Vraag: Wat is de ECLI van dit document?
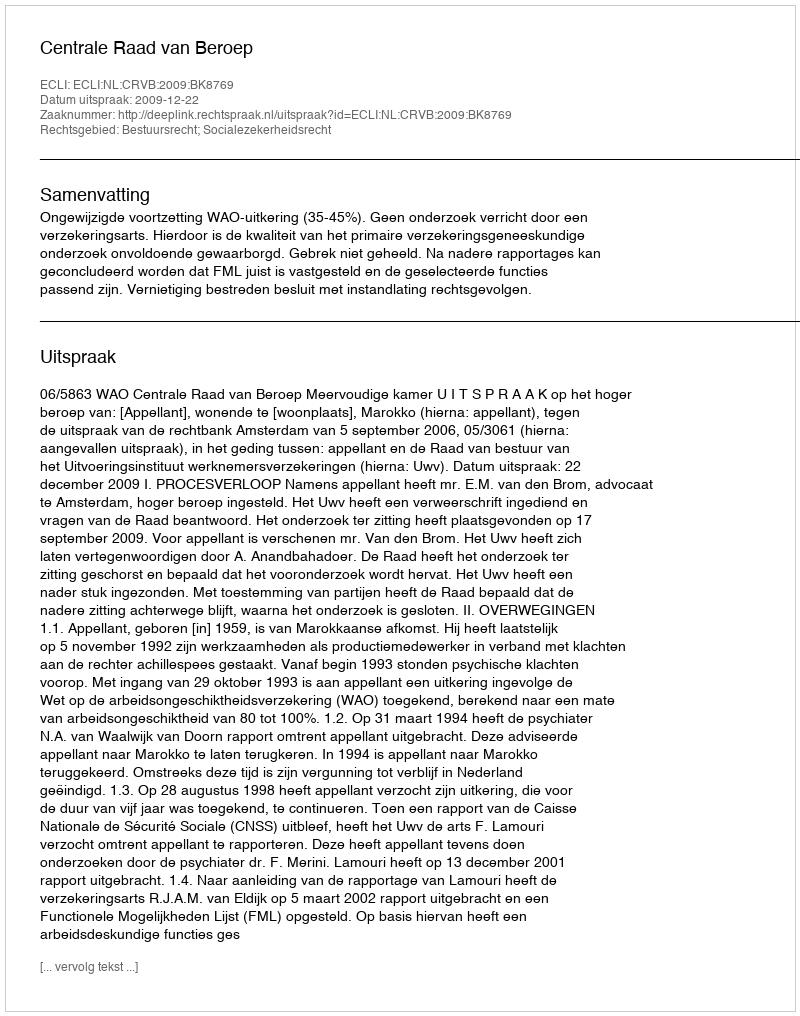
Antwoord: ECLI:NL:CRVB:2009:BK8769